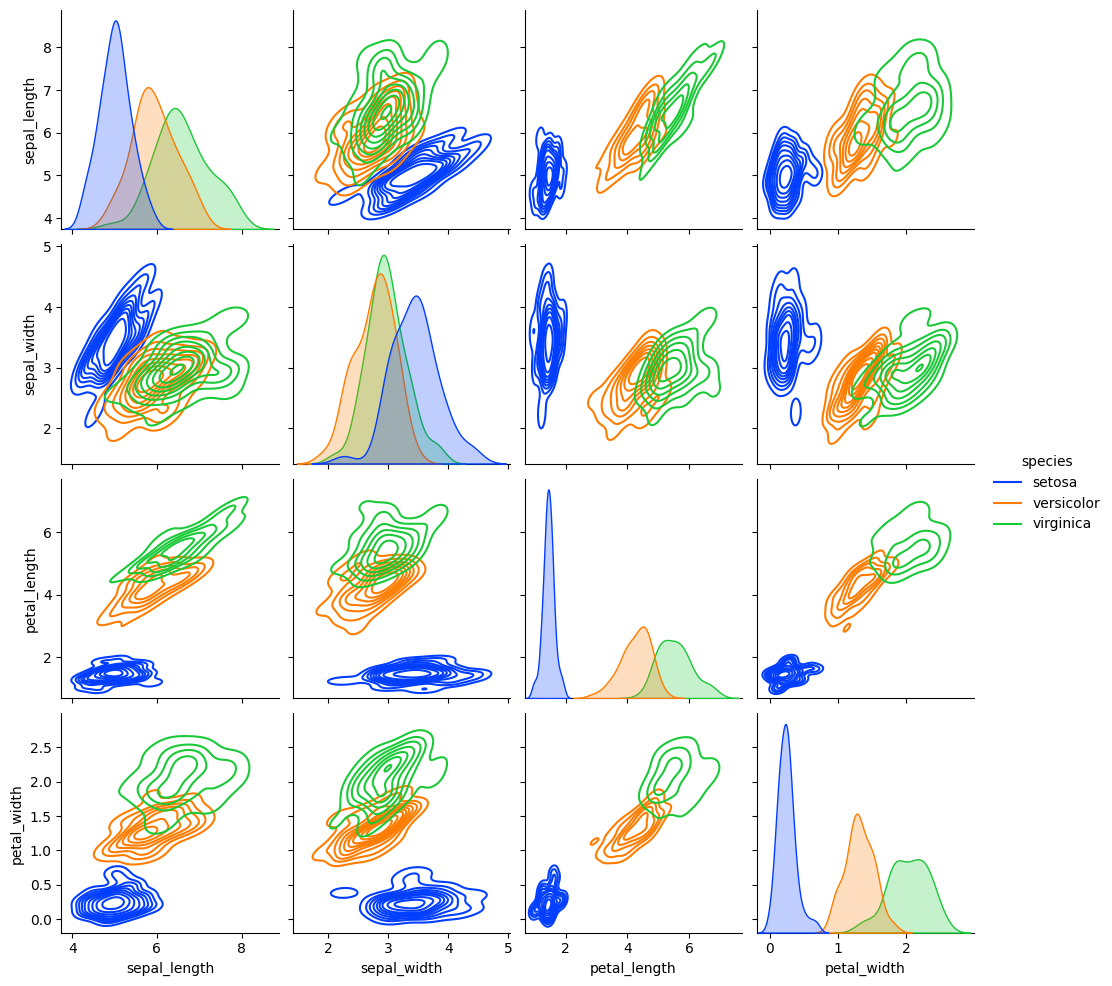
python, seaborn, pairplot, palette='bright', markers=['o', 's', 'D'], kind='kde', diag_kind='kde'